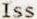
ISS